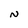
Character: N